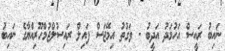
ނައިބު ރައީސް އަހުމަދު އަދީބު - ވަގުތު އިމޭޖަސް ފައިލް ރައިސުލްޖުމްހޫރިއްޔާގެ ނައިބު